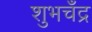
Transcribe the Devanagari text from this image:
शुभचँद्र